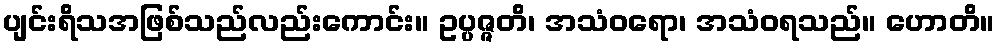
ပျင်းရိသအဖြစ်သည်လည်းကောင်း။ ဥပ္ပဇ္ဇတိ၊ အသံဝရော၊ အသံဝရသည်။ ဟောတိ။